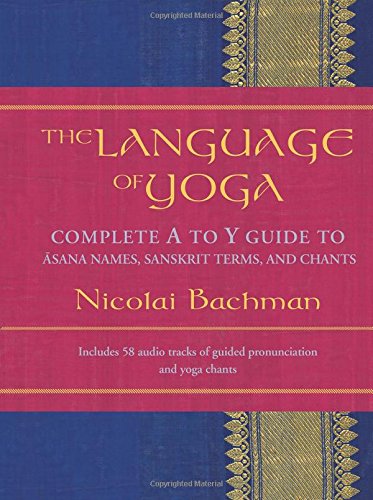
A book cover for The Language of Yoga: Complete A to Y Guide to Asana Names, Sanskrit Terms, and Chants; Nicolai Bachman; Health, Fitness & Dieting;